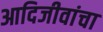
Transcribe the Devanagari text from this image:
आदिजीवांचा